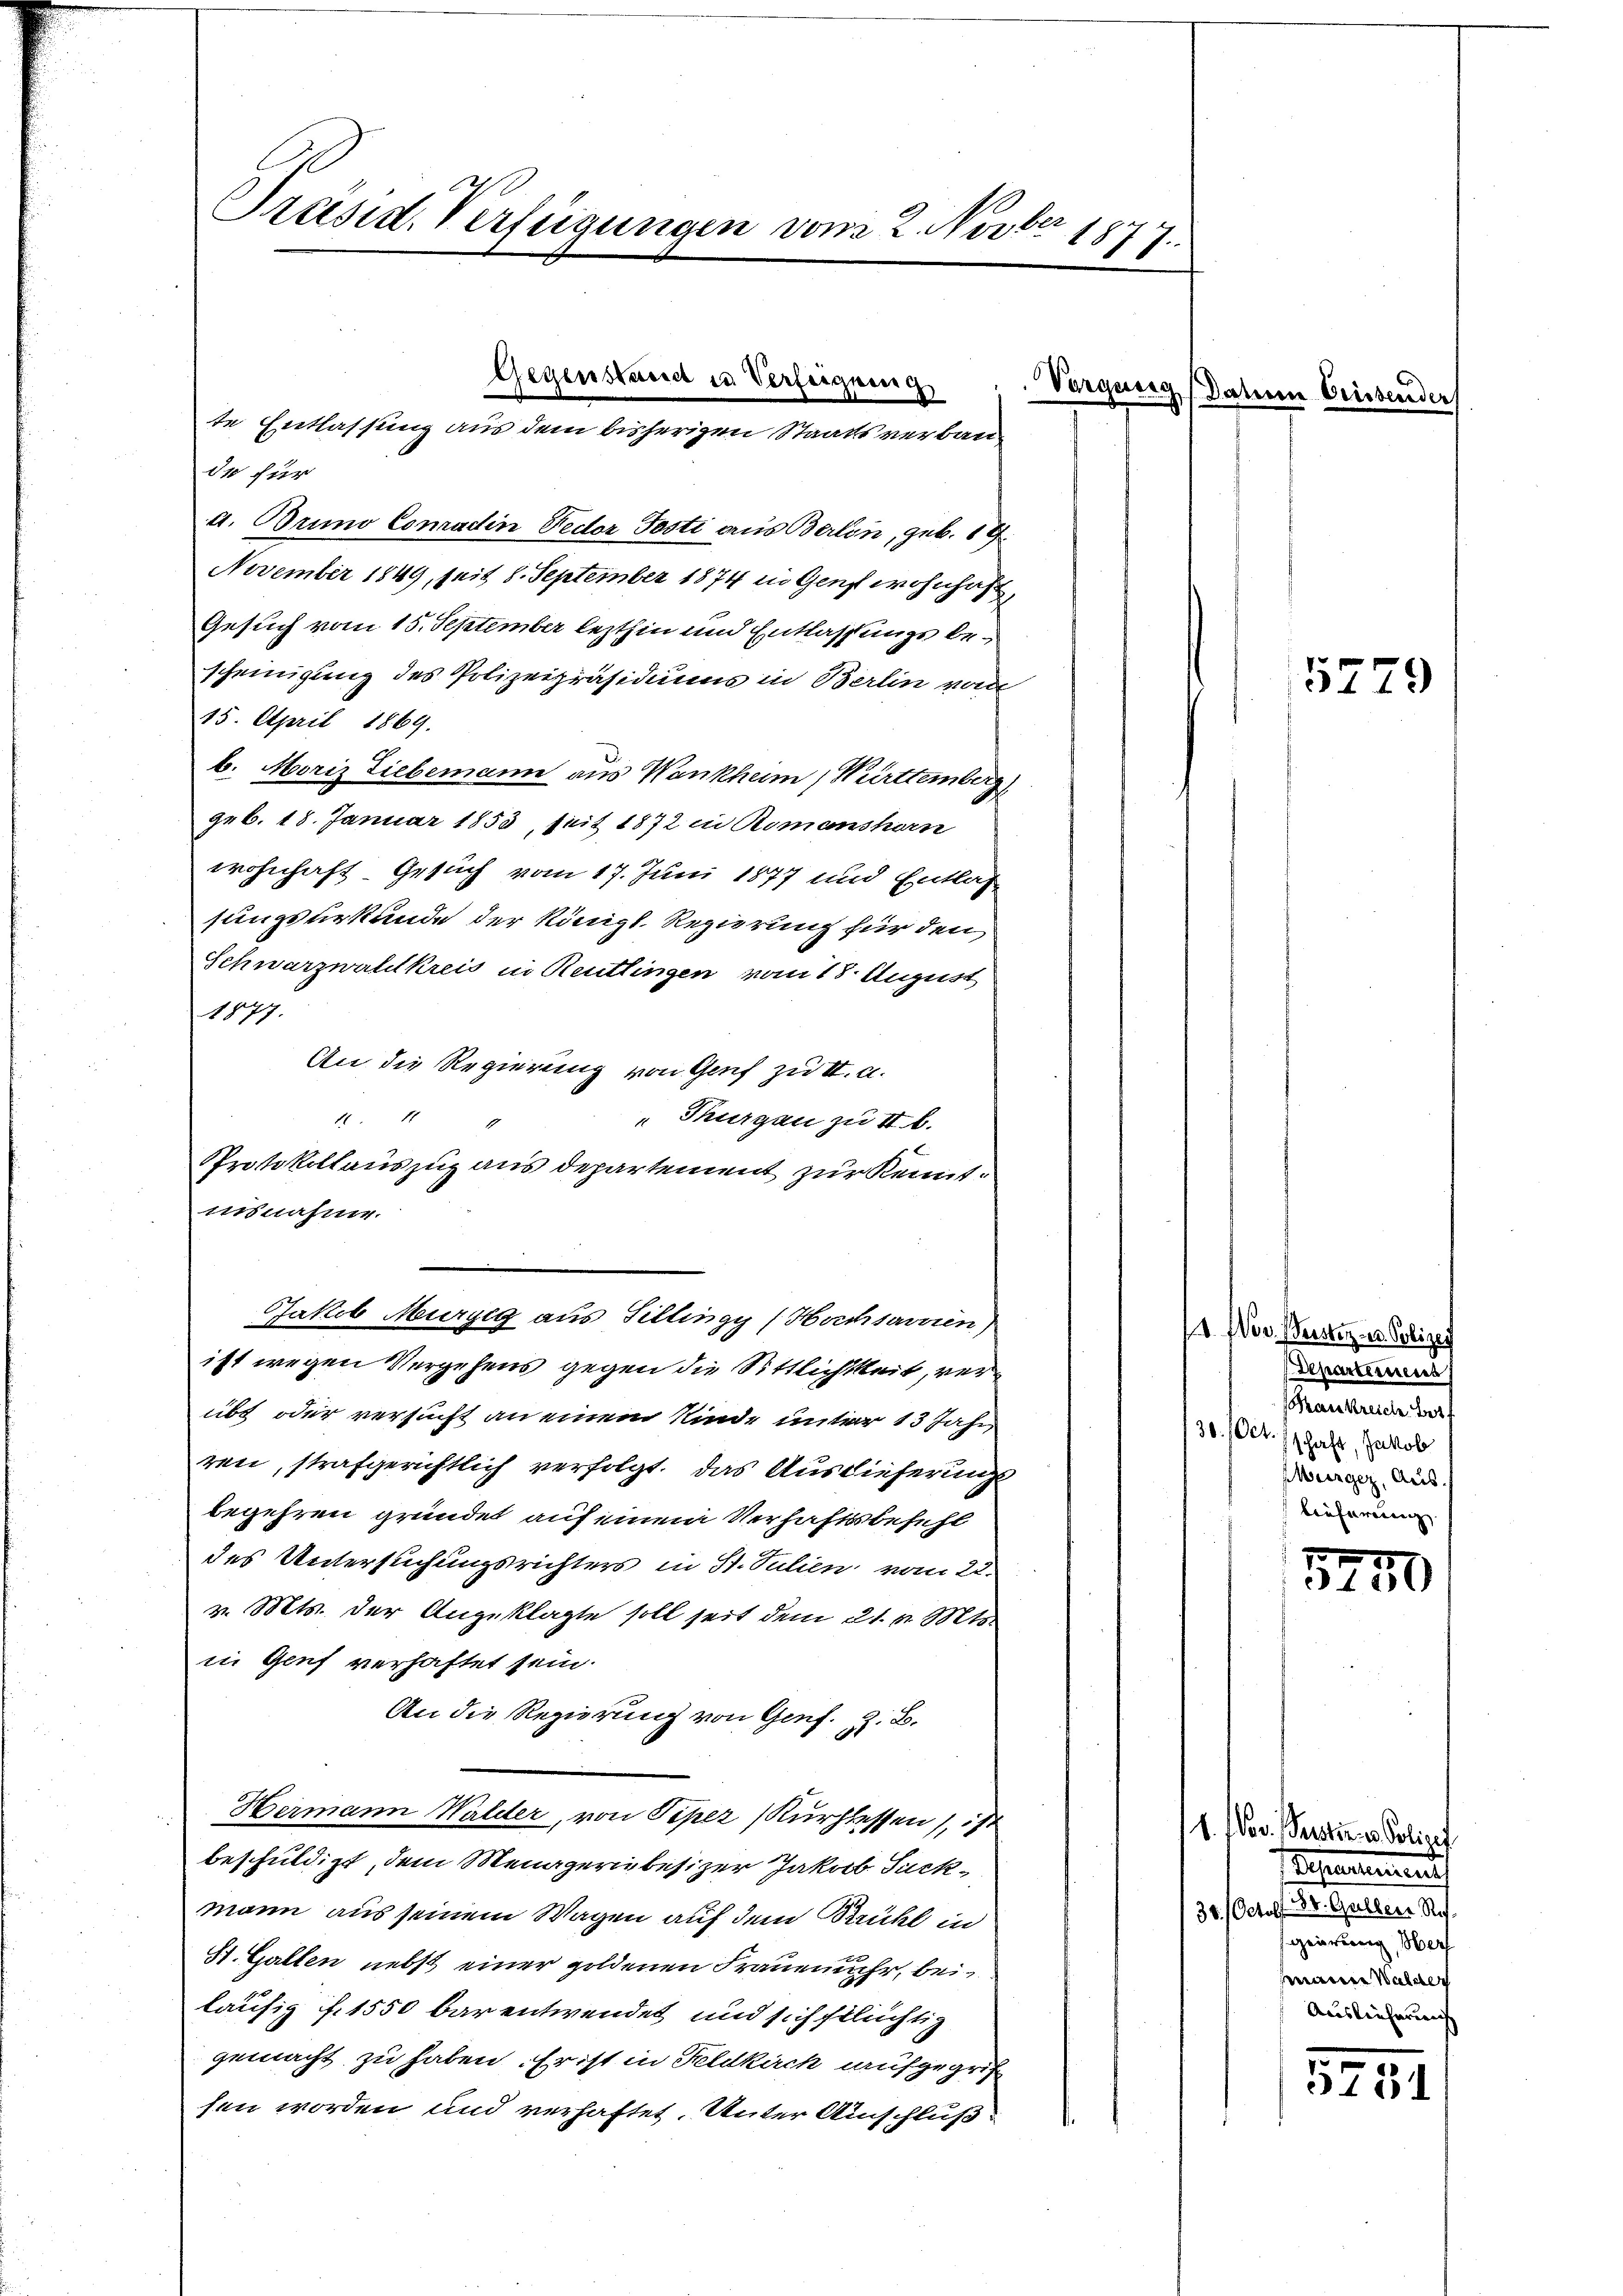
Präsid. Verfügungen vom 2. Novber 1877.

810 für
a. Orino Conradin Fedor Posti aus Berlin, geb. 19.
November 1849, seit 8. September 1874 in Genf wohnhaft
Gesuch vom 15. September lezthin und Entlassungs bescheinigung des Polizeipräsidiums in Berlin vom
15. April 1869.
b. Moriz Liebemann aus Wankheim, Württemberg
geb. 18. Januar 1853, seit 1872 in Romanshorn
wohnhaft. Gesuch vom 17. Juni 1877 und Entlas
sungsurkunde der Königl. Regierung für den
Schwarzwaldkreis in Reutlingen vom 18. August
1877.
An die Regierung von Genf zu II. a.
11
" Thurgau zu II b.
Protokollauszug aus departement zur Kenntinsnahme.
Jakob Murzig aus Tillingy (Hochsarvien)
ist wegen Vergehens gegen die Sittlichkeit, verübt oder versucht an einem Kinde unter 13 Jahr
ren, strafgerichtlich verfolgt. Das Auslieferungs
begehren gründet auf einem Verhaftsbefehl
des Untersuchungsrichters in St. Julien vom 22.
v. Mts. der Angeklagte soll seit dem 21. v. Mts.
in Genf verhaftet sein.
An die Regierung von Genf. z. B.
Hermann Walder, von Piper (Kurhlassen), ist
beschuldigt, dem Menagerin besizer Jakob Suckmann aus seinem Wagen auf dem Brühl in
St. Gallen nebst einer goldenen Frauemuhr, bei
läufig f. 1550 bar entwendet und sich flüchtig
gemacht zu haben. Er ist in Feldkirch aufgegrif
sen worden und verhaftet. Unter Auschluß

Gegenstand in Verfeignung
te Entlassung aus dem bisherigen Staatsverbau,

Vorgang Datum Crissender

5229

1. Nov. Beister- u. Polizei
Departemens
Krankreiche Best
30. Oct. (schaft, Jakob
Würger, Aus
bieferung

5270

11. Nov. Restiren Policet
Testament
30. Octobr. Dr. Gallen Re
geirung, Ber
wann Walde
Auslieferung

5731